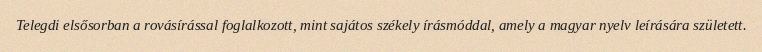
Telegdi elsősorban a rovásírással foglalkozott, mint sajátos székely írásmóddal, amely a magyar nyelv leírására született.